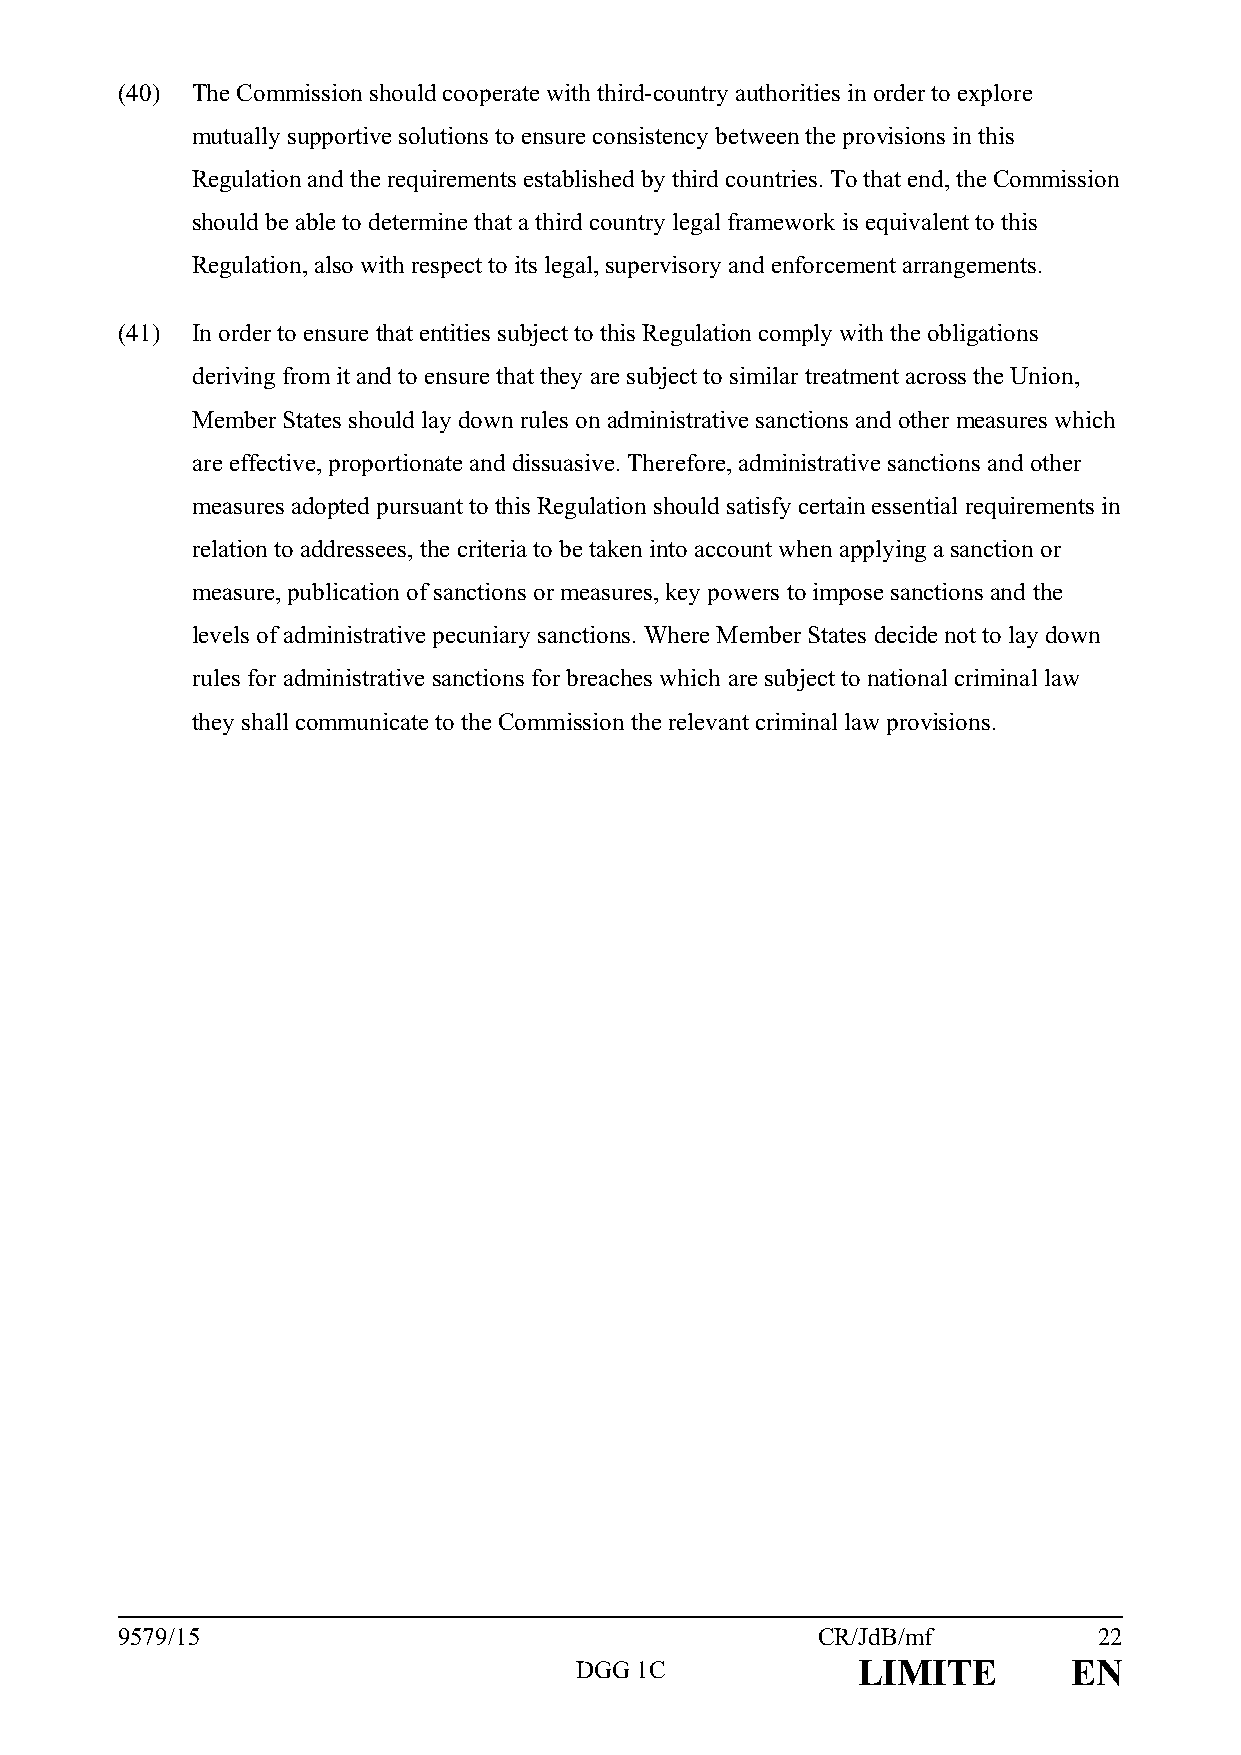
(40) The Commission should cooperate with third-country authorities in order to explore
 mutually supportive solutions to ensure consistency between the provisions in this
 Regulation and the requirements established by third countries. To that end, the Commission
 should be able to determine that a third country legal framework is equivalent to this
 Regulation, also with respect to its legal, supervisory and enforcement arrangements.
 (41) In order to ensure that entities subject to this Regulation comply with the obligations
 deriving from it and to ensure that they are subject to similar treatment across the Union,
 Member States should lay down rules on administrative sanctions and other measures which
 are effective, proportionate and dissuasive. Therefore, administrative sanctions and other
 measures adopted pursuant to this Regulation should satisfy certain essential requirements in
 relation to addressees, the criteria to be taken into account when applying a sanction or
 measure, publication of sanctions or measures, key powers to impose sanctions and the
 levels of administrative pecuniary sanctions. Where Member States decide not to lay down
 rules for administrative sanctions for breaches which are subject to national criminal law
 they shall communicate to the Commission the relevant criminal law provisions.
 9579/15                                       CR/JdB/mf          22
 DGG 1C             LIMITE        EN